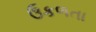
ઉકળતા